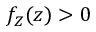
f _ { Z } ( z ) > 0